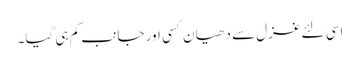
اسی لئے غزل سے دھیا ن کسی اور جانب کم ہی گیا۔